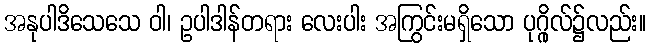
အနုပါဒိသေသေ ဝါ၊ ဥပါဒါန်တရား လေးပါး အကြွင်းမရှိသော ပုဂ္ဂိုလ်၌လည်း။